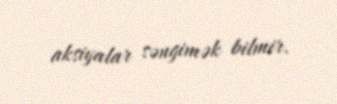
aksiyalar səngimək bilmir.